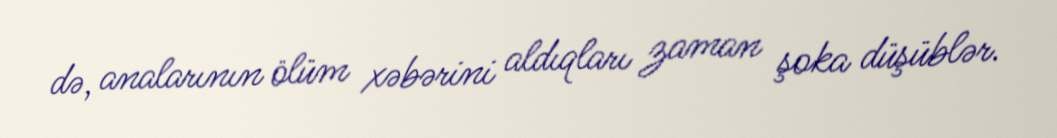
də, analarının ölüm xəbərini aldıqları zaman şoka düşüblər.